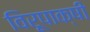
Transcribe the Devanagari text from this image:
विरूपाक्षी